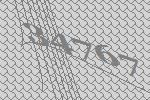
34767